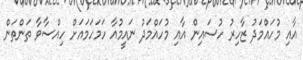
އާއި މުހައްމަދު ޒާހިރު ހުސައިން އާއި މުހައްމަދު ނައީމުއާ ހަމަހަމައަށް ހިއްސާވާ ތަންތަން